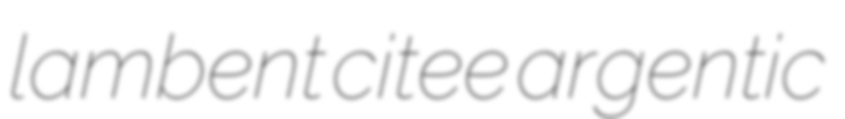
lambent citee argentic